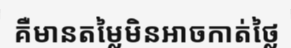
គឺមានតម្លៃមិនអាចកាត់ថ្លៃ